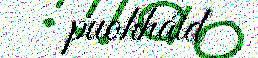
puohháid